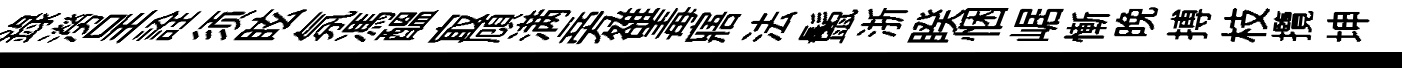
錄澇呈詮须眩氛馮醖㝡頋满旁雒毒寤法鬛浙睽悃崌慚晚搏枝攬坤